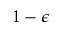
1 - \epsilon